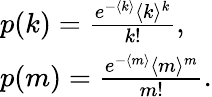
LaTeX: \begin{array}{l}{p(k)=\frac{e^{-\langle k\rangle}\langle k\rangle^{k}}{k!},}\\ {p(m)=\frac{e^{-\langle m\rangle}\langle m\rangle^{m}}{m!}.}\end{array}